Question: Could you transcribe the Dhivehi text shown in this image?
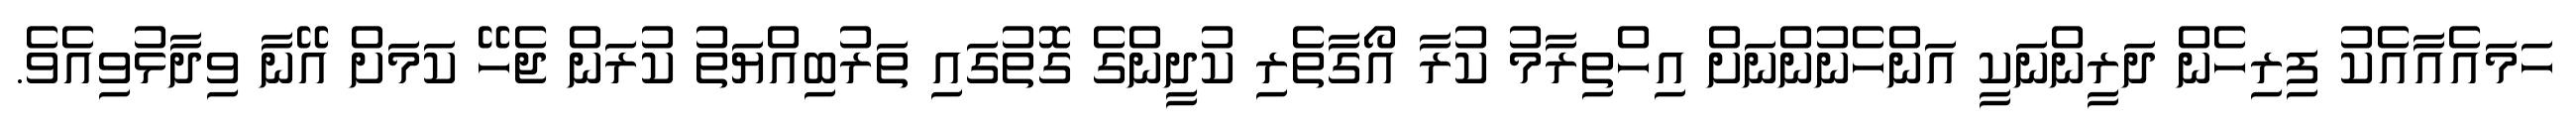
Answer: ހަމައެއާއެކު ފިރިހެން ދަރީންނަކީ އަންހެނުންނަށް އިހްތިރާމު ކުރާ އޯގާތެރި ކުދީންގެ ގޮތުގައި ތަރުބިއްޔަތު ކުރަން ޖެހޭ ކަމަށް އޭނާ ވިދާޅުވިއެވެ.